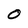
Character: 0